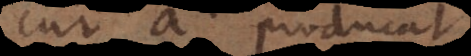
cur a producat